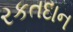
રકતદાન